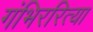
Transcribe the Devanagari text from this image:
गंभिररित्या